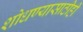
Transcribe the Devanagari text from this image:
शोधण्यासाठीही